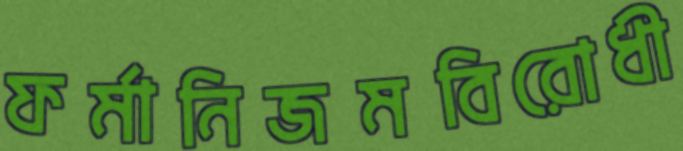
ফর্মানিজমবিরোধী